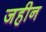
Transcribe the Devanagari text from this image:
जहीन